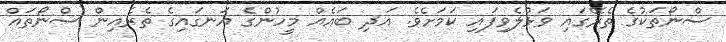
ސްނޯތަކުގެ ތެރޭގައި ވަޅުލެވިފައި ކަމަށެވެ. އަދި ބައެއް މީހުންގެ އަނގައިގެ ތެރެއިން ސްނޯތައް